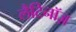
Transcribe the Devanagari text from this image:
लैटिनॉज़